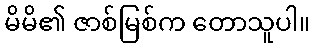
မိမိ၏ ဇာစ်မြစ်က တောသူပါ။